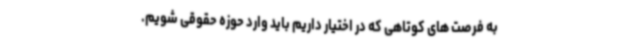
به فرصت های کوتاهی که در اختیار داریم باید وارد حوزه حقوقی شویم.